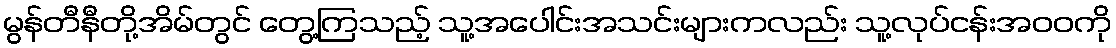
မွန်တီနီတို့အိမ်တွင် တွေ့ကြသည့် သူ့အပေါင်းအသင်းများကလည်း သူ့လုပ်ငန်းအဝဝကို